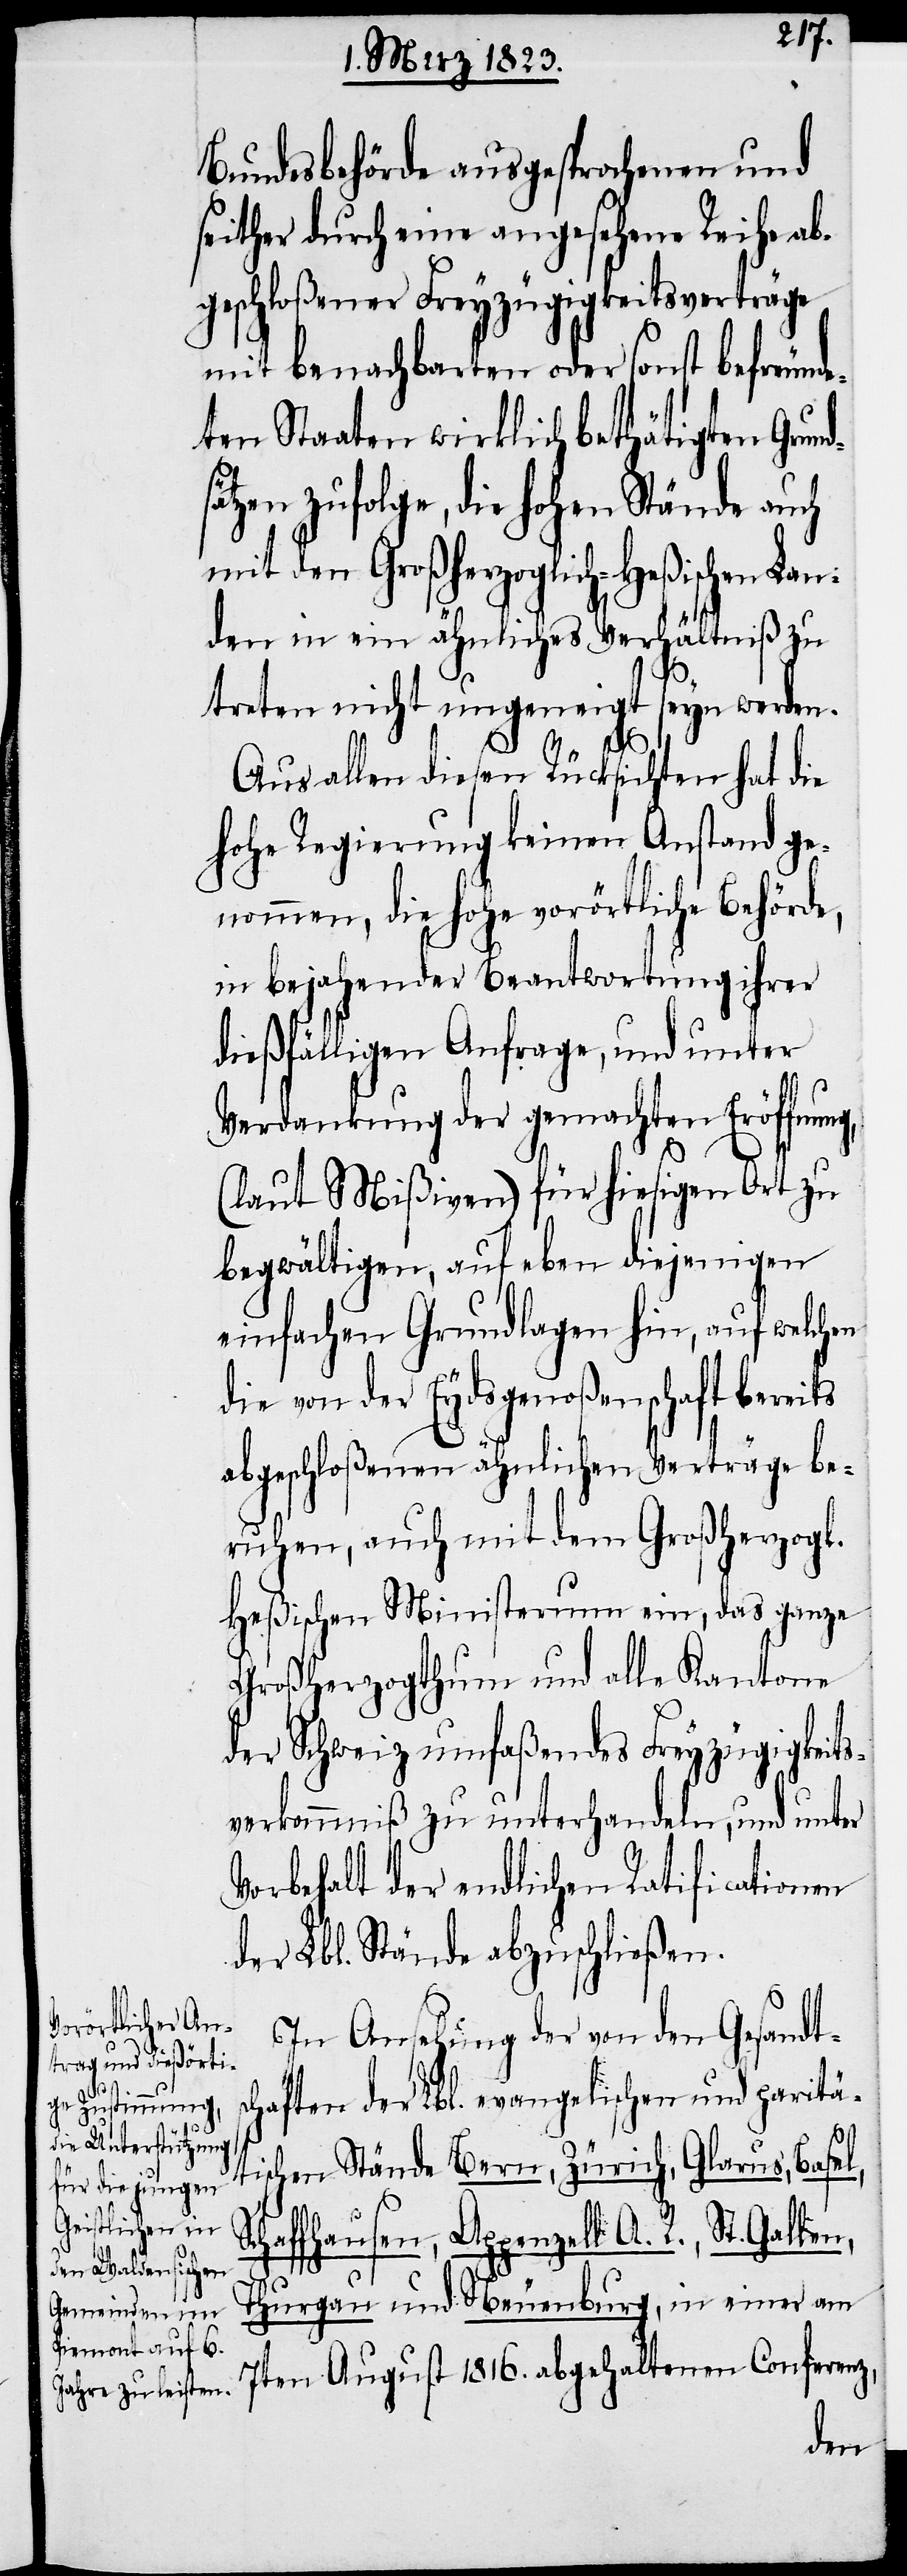
Bundesbehörde ausgesprochenen und
seither durch eine angesehene Reihe ab¬
geschloßener Freyzügigkeitsverträge
mit benachbarten oder sonst befreunde¬
ten Staaten wirklich bethätigten Grund¬
sätzen zufolge, die hohen Stände auch
mit den Großherzoglich-Heßischen Lan¬
den in ein ähnliches Verhältniß zu
treten nicht ungeneigt seyn werden.
Aus allen diesen Rücksichten hat die
hohe Regierung keinen Anstand ge¬
nommen, die hohe vorörtliche Behörde,
in bejahender Beantwortung ihrer
dießfälligen Anfrage, und unter
Verdankung der gemachten Eröffnung,
(laut Mißiven) für hiesigen Ort zu
begwältigen, auf eben diejenigen
einfachen Grundlagen hin, auf welchen
die von der Eydsgenoßenschaft bereits
abgeschloßenen ähnlichen Verträge be¬
ruhen, auch mit dem Großherzogl.
Heßischen Ministerium ein, das ganze
Großherzogthum und alle Kantone
der Schweiz umfaßendes Freyzügigkeits¬
verkommniß zu unterhandeln, und unter
Vorbehalt der endlichen Ratificationen
der Lbl. Stände abzuschließen.
In Ansehung der von den Gesandt¬
schaften der Lbl. evangelischen und paritä¬
tischen Stände Bern, Zürich, Glarus, Basel,
Schaffhausen, Appenzell A. R., St. Galle¬
n,
Thurgau und Neuenburg, in einer am
7ten August 1816. abgehaltenen Conferenz,